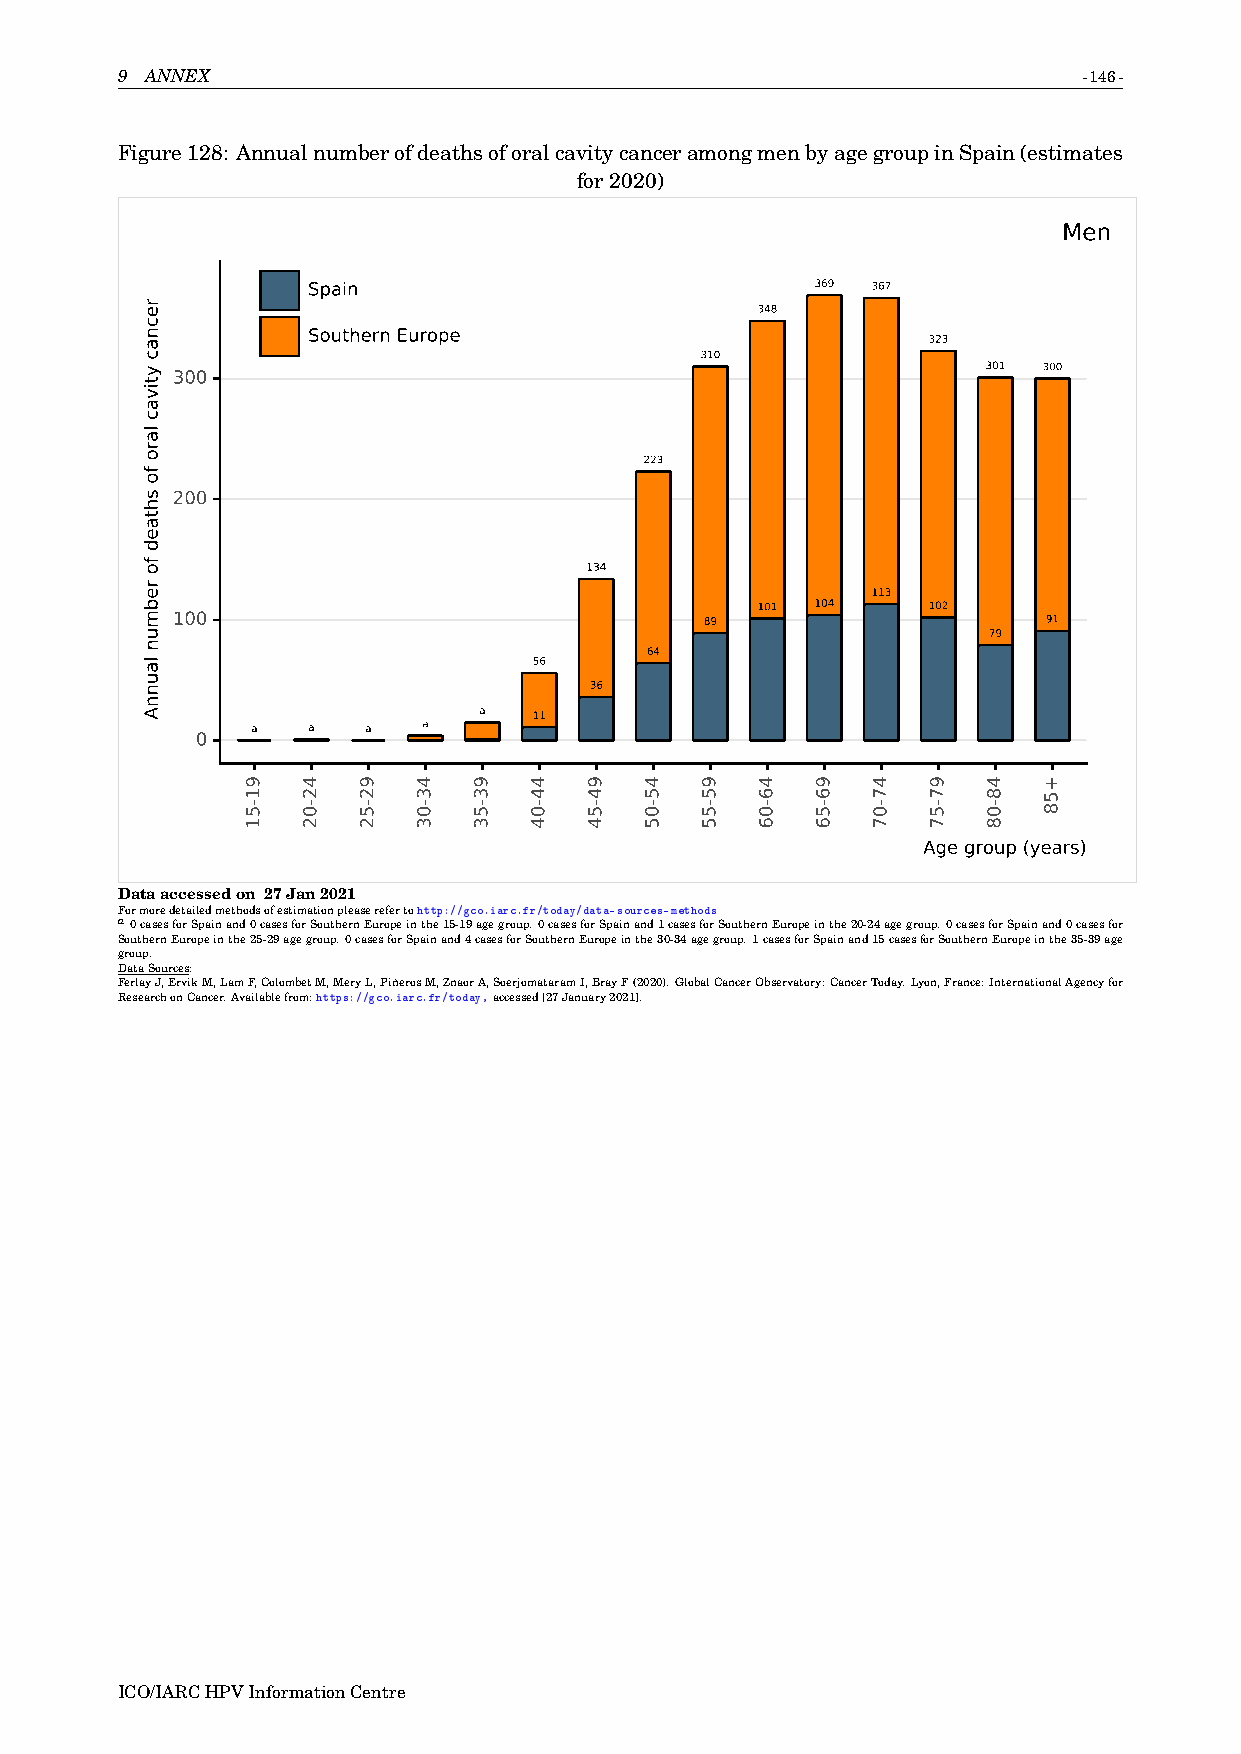
9 ANNEX                                                         -146-
 Figure128: AnnualnumberofdeathsoforalcavitycanceramongmenbyagegroupinSpain(estimates
 for2020)
 Men
 Spain                             369 367
 348
 Southern Europe                          323
 310
 301 300
 300
 223
 200
 134
 113
 101 104    102
 100                                 89                    91
 79
 64
 56
 36
 a  11
 a  a   a   a
 0
 Age group (years)
 Dataaccessedon 27Jan2021
 Formoredetailedmethodsofestimationpleaserefertohttp://gco.iarc.fr/today/data-sources-methods
 a0casesforSpainand0casesforSouthernEuropeinthe15-19agegroup.0casesforSpainand1casesforSouthernEuropeinthe20-24agegroup.0casesforSpainand0casesfor
 SouthernEuropeinthe25-29agegroup.0casesforSpainand4casesforSouthernEuropeinthe30-34agegroup.1casesforSpainand15casesforSouthernEuropeinthe35-39age
 group.
 DataSources:
 FerlayJ,ErvikM,LamF,ColombetM,MeryL,PiñerosM,ZnaorA,SoerjomataramI,BrayF(2020).GlobalCancerObservatory:CancerToday.Lyon,France:InternationalAgencyfor
 ResearchonCancer.Availablefrom:https://gco.iarc.fr/today,accessed[27January2021].
 ICO/IARCHPVInformationCentre
 recnac
 ytivac
 laro
 fo
 shtaed
 fo
 rebmun
 launnA
 91-51 42-02 92-52 43-03 93-53 44-04 94-54 45-05 95-55 46-06 96-56 47-07 97-57 48-08 +58